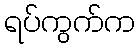
ရပ်ကွက်က